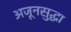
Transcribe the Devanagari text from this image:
अजूनसुद्धा